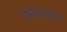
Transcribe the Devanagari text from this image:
फ्लैशकार्ड